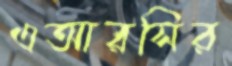
এআরসির